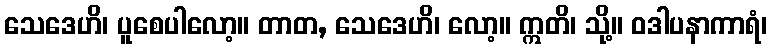
သေဒေဟိ၊ ပူစေပါလော့။ တာတ, သေဒေဟိ၊ လော့။ ဣတိ၊ သို့။ ဝဒါပနာကာရံ၊